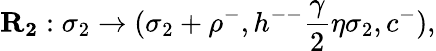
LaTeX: \mathbf{R_{2}}:\sigma_{2}\to(\sigma_{2}+\rho^{-},h^{--}\frac{\gamma}{2}\eta\sigma_{2},c^{-}),